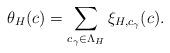
LaTeX: \begin{align*} \theta_H(c)=\sum_{c_\gamma\in \Lambda_H}\xi_{H,c_\gamma}(c).\end{align*}